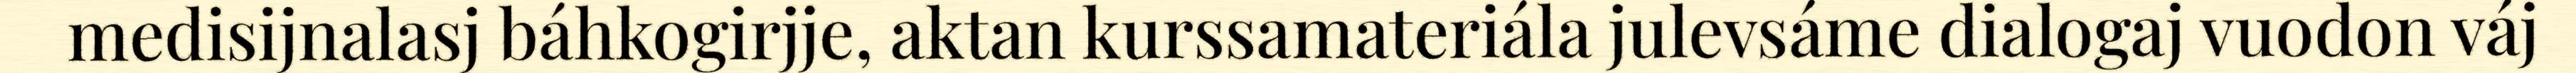
medisijnalasj báhkogirjje, aktan kurssamateriála julevsáme dialogaj vuodon váj